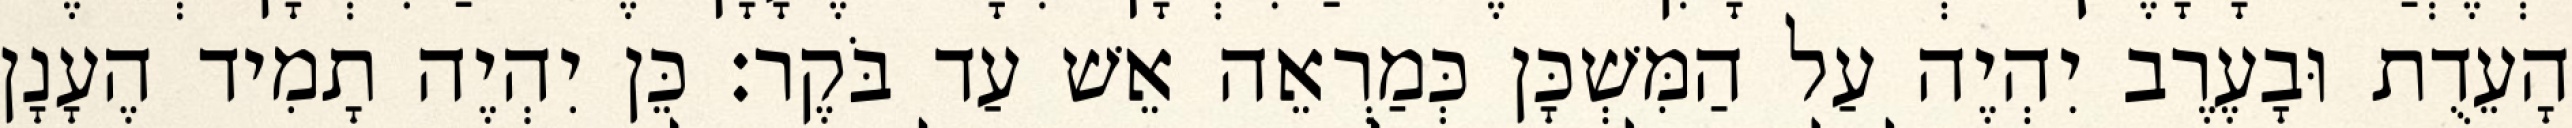
הָעֵדֻת וּבָעֶרֶב יִהְיֶה עַל הַמִּשְׁכָּן כְּמַרְאֵה אֵשׁ עַד בֹּקֶר׃ כֵּן יִהְיֶה תָמִיד הֶעָנָן